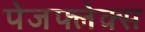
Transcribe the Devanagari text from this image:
पेजफ्लेक्स